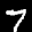
Label: 7